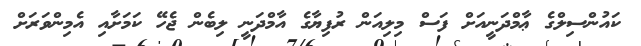
ކައުންސިލްގެ ޢާމްދަނީއަށް ފަސް މިލިއަން ރުފިޔާގެ އާމްދަނީ ލިބެން ޖެހޭ ކަމަށާއި އެމިންވަރަށް